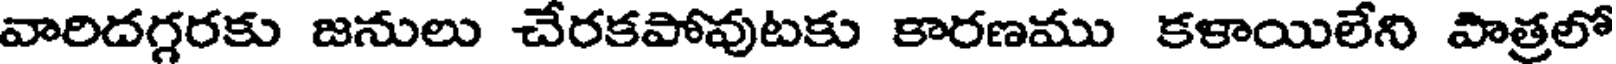
వారిదగ్గరకు జనులు చేరకపోవుటకు కారణము కళాయిలేని పాత్రలో